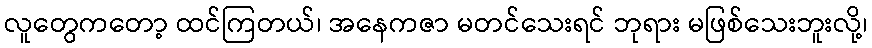
လူတွေကတော့ ထင်ကြတယ်၊ အနေကဇာ မတင်သေးရင် ဘုရား မဖြစ်သေးဘူးလို့၊